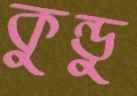
কুন্ডু